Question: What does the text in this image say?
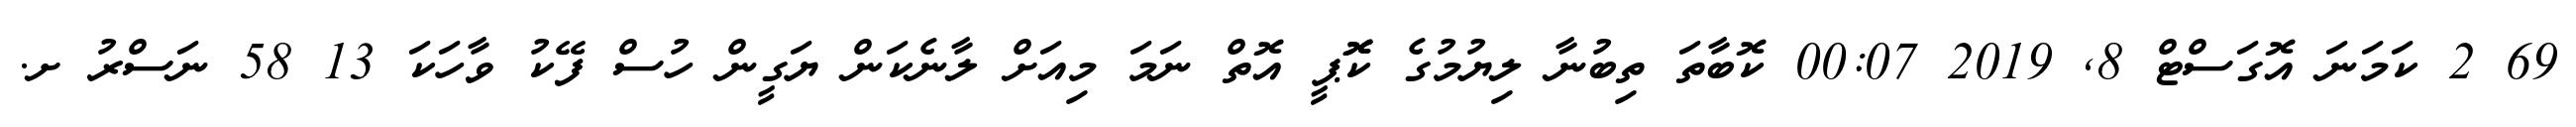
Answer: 69 2 ކަމަނަ އޮގަސްޓް 8, 2019 00:07 ކޮބާތަ ތިބުނާ ލިޔުމުގެ ކޮޮޕީ އޮތް ނަމަ މިއަށް ލާނެކަން ޔަގީން ހުސް ފޭކު ވާހަކަ 13 58 ނަސްރު ށ.